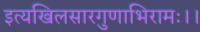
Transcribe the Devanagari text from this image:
इत्यखिलसारगुणाभिरामः।।